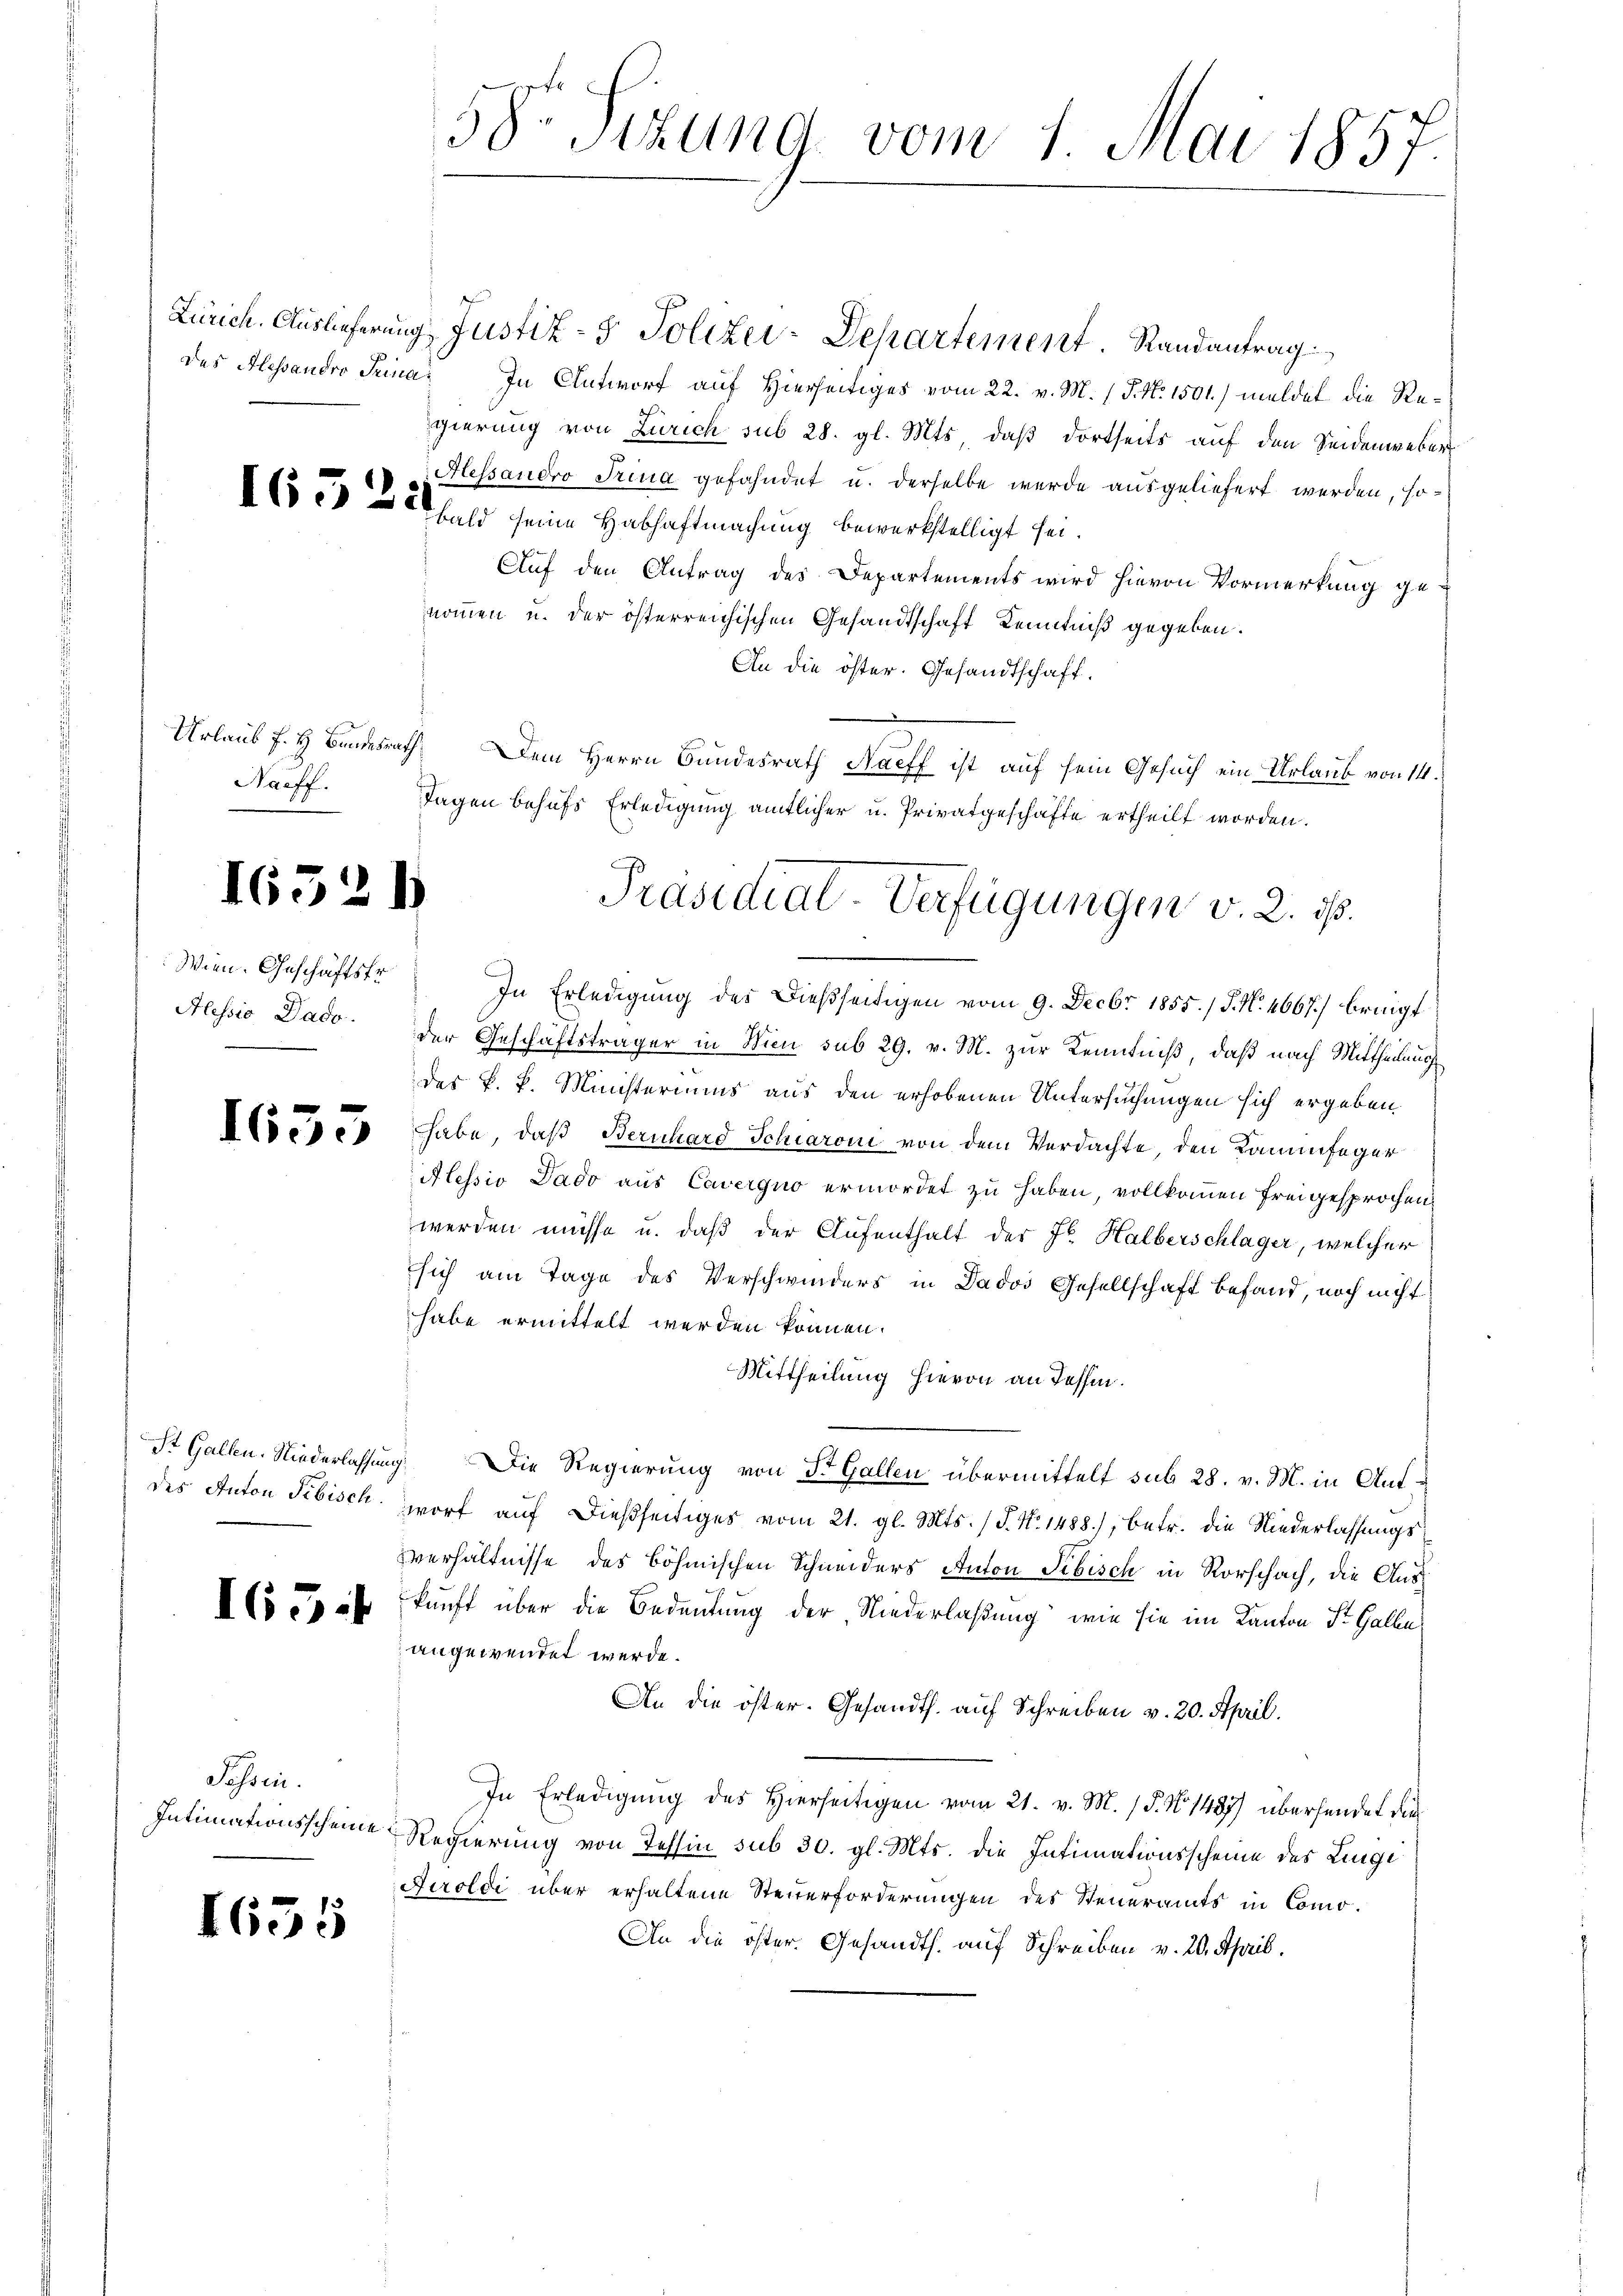
165

Harff.

16521

Wien. Geschäftsfr.

1653

des Anton Sibisch.

1654

Possen.
Intimationsscheine

1655

32

58te Situng vom 1. Mai 1857.

Zürich. Auslieferung Justiz- & Polizey-Departement. Randantrag
des Alessandro Trina. In Antworf auf Hierseitiges vom 22. v. M. (T. N. 1501) meldet die Regierung von Zürich sub 28. gl. Mts, daß dortseits auf den Seidenweber
Hessandro Trina gefahndet u. derselbe wurde ausgeliefert werden, so
bald seine Habhaftmachung bewerkstelligt sei.
Auf den Antrag des Departements wird hievon Vormerkung genommen u. der österreichischen Gesandtschaft Kenntniß gegeben.
An die öster. Gesandtschaft.
Urlaub f. H. Bundesrath. Dem Herrn Bundesrath Naeff ist auf sein Gesuch ein Urlaub von 14.
Tagen behufs Erledigung amtlicher u. Privatgeschäfte ertheilt worden.
In Erledigung des Dießseitigen vom 9. Decbr 1855./ J. N. 4667) bringt
Alessio Dado. der Geschäftsträger in Nini sub 29. v. M. zur Kenntniß, daß nach Mittheilung
des k. k. Ministeriums aus den erhobenen Untersuchungen sich ergeben,
habe, daß Bernhard Schiaroni von dem Verdachte, den Kammfager
Alessio Pado aus Caverquo ermordet zu haben, vollkommen freigesprochen
werden müsse u. daß der Aufenthalt der Jr. Halberschlager, welcher
sich am Tage des Verschwinders in Dados Gesellschaft befand, noch nicht
habe ermittelt werden können.
Mittheilung hievon an dessen.
St. Gallen. Niederlassung. Die Regierung von St. Gallen übermittelt sub 28. v. M. in Aufwort auf dießseitiges vom 21. gl. Mts. (T. N. 1488), betr. die Niederlassungs
verhältnisse des böhmischen Schneiders Anton Sibisch in Rorschach, die Auskunft über die Bedeutung der Niederlaßung, wie sie im Kanton St. Galle
angewendet werde.
An die öster. Gesandth. auf Schreiben v. 20. April.
In Erledigung des Hierseitigen vom 21. v. M. (§. No. 1487) übersendet die
Regierung von Tessin sub 30. gl. Mts. die Intimationsscheine des Linge
Peroldi über erhaltene Steuerforderungen des Steueramts in Como-
An die öster. Gesandts. auf Schreiben v. 20. April.

Präsidiat Verfügungen v. 2. ist.